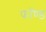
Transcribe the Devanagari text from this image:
फॉण्ड